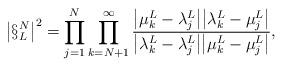
LaTeX: \begin{align*} \left| \S_L^N\right|^2 = \prod_{j=1}^N\prod_{k=N+1}^\infty\frac{\big|\mu^L_k-\lambda^L_j\big|\big|\lambda^L_k-\mu^L_j\big|} {\big|\lambda^L_k-\lambda^L_j\big|\big|\mu^L_k-\mu^L_j\big|}, \end{align*}